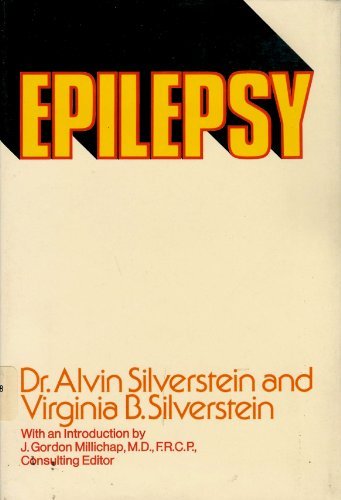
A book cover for Epilepsy; Alvin Silverstein; Health, Fitness & Dieting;